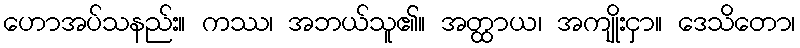
ဟောအပ်သနည်း။ ကဿ၊ အဘယ်သူ၏။ အတ္ထာယ၊ အကျိုးငှာ။ ဒေသိတော၊